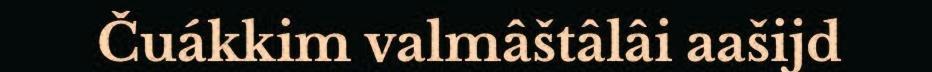
Čuákkim valmâštâlâi aašijd